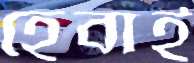
হেবাই